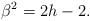
LaTeX: \begin{align*}\beta ^{2} = 2h-2.\end{align*}